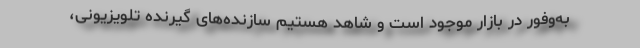
به‌وفور در بازار موجود است و شاهد هستیم سازنده‌های گیرنده تلویزیونی،